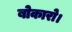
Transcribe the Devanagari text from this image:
बोकारो।